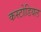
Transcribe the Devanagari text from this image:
कस्टोडियल